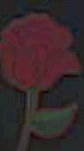
-